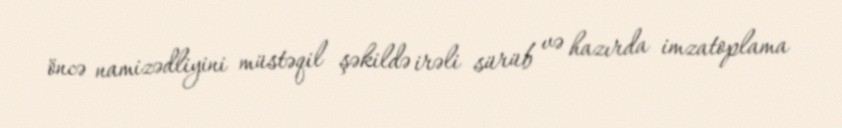
öncə namizədliyini müstəqil şəkildə irəli sürüb və hazırda imzatoplama